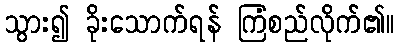
သွား၍ ခိုးသောက်ရန် ကြံစည်လိုက်၏။